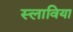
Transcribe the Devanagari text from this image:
स्लाविया